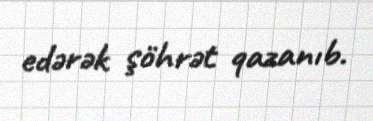
edərək şöhrət qazanıb.